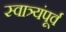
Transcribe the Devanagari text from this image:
स्वात्र्यंपूर्व